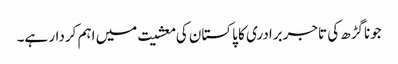
جوناگڑھ کی تاجربرادری کا پاکستان کی معشیت میں اہم کردار ہے۔